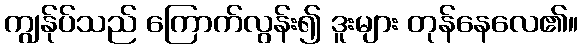
ကျွန်ုပ်သည် ကြောက်လွန်း၍ ဒူးများ တုန်နေလေ၏။